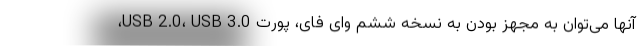
آنها می‌توان به مجهز بودن به نسخه ششم وای فای، پورت USB 2.0، USB 3.0،